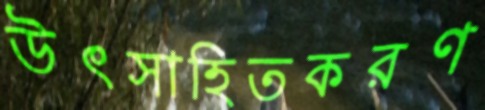
উৎসাহিতকরণ